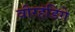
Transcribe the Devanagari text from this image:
वीरहंडिगे